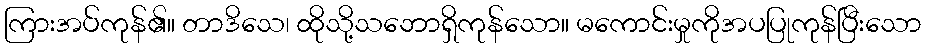
ကြားအပ်ကုန်၏။ တာဒိသေ၊ ထိုသို့သဘောရှိကုန်သော။ မကောင်းမှုကိုအပပြုကုန်ပြီးသော